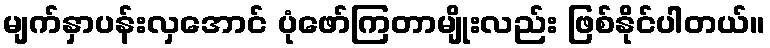
မျက်နှာပန်းလှအောင် ပုံဖော်ကြတာမျိုးလည်း ဖြစ်နိုင်ပါတယ်။